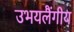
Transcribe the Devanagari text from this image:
उभयलैंगीय